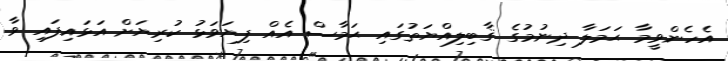
އެހެންވީމާ ޙަމަލާ ދިނުމުގެ ޤާބިލިއްޔަތުގައި ޙަމާސް އެއް ފިޔަވަޅު ކުރިޔަށް އަޅައިފައި ވާ